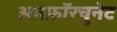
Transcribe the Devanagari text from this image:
अनफ़ॉरचुनेट